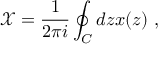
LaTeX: \mathcal { X } = \frac { 1 } { 2 \pi i } \oint _ { C } d z x ( z ) \ ,